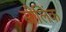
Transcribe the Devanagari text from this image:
सीलिंक